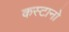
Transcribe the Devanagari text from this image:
कस्टानो